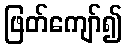
ဖြတ်ကျော်၍